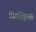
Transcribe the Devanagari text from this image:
निखिळ